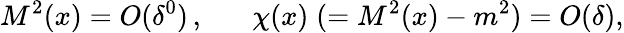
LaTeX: M^{2}(x)=O(\delta^{0})\, ,\; \; \; \; \; \; \chi(x)\; (=M^{2}(x)-m^{2})=O(\delta),